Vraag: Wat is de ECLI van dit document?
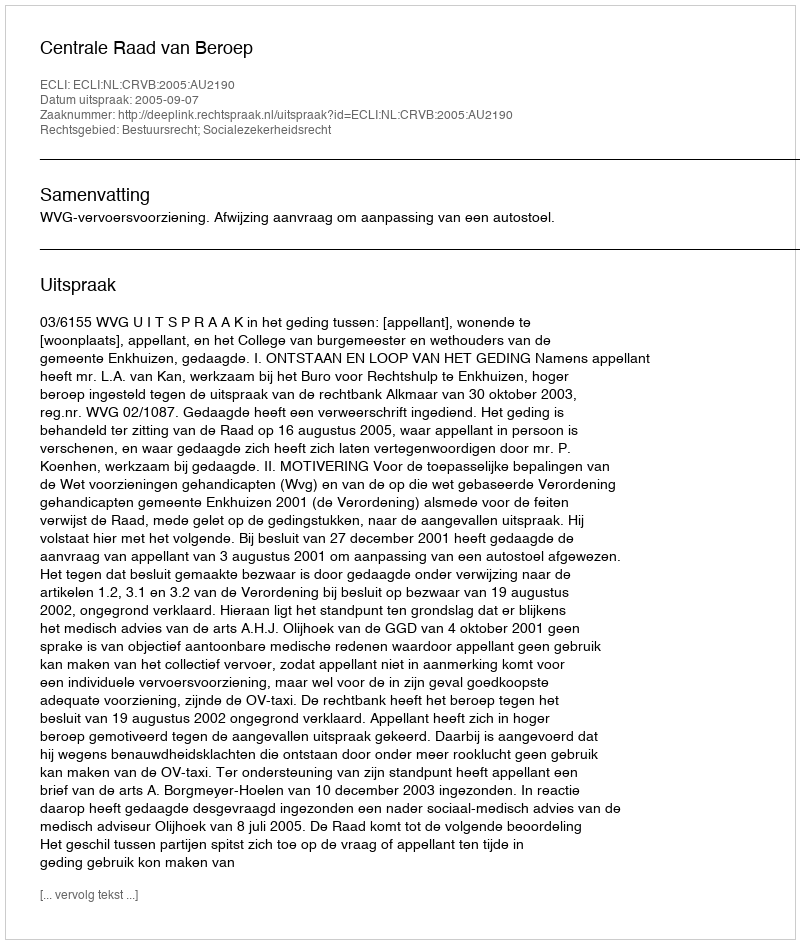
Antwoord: ECLI:NL:CRVB:2005:AU2190